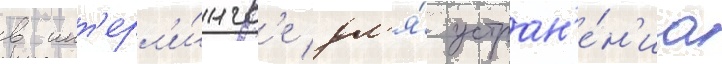
в инт'ерл'и́нгв'е дл'я́ устран'е́н'иа